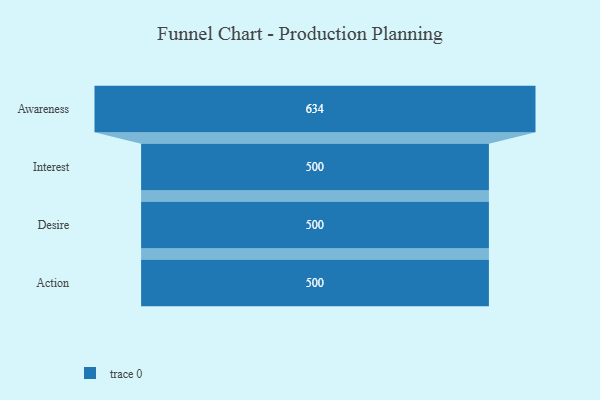
{"axis": {"x": "Stage", "y": "Value"}, "legend": [""], "data": [{"x": "Awareness", "y": 634.0, "type": ""}, {"x": "Interest", "y": 500.0, "type": ""}, {"x": "Desire", "y": 500, "type": ""}, {"x": "Action", "y": 500, "type": ""}]}